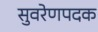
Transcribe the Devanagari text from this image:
सुवरेणपदक